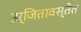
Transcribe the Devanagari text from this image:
उर्जितावस्तेत